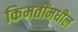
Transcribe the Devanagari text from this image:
किमतींमधील